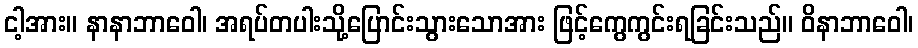
ငါ့အား။ နာနာဘာဝေါ၊ အရပ်တပါးသို့ပြောင်းသွားသောအား ဖြင့်ကွေကွင်းရခြင်းသည်။ ဝိနာဘာဝေါ၊